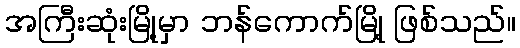
အကြီးဆုံးမြို့မှာ ဘန်ကောက်မြို့ ဖြစ်သည်။